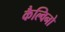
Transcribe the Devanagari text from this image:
कैल्विनो